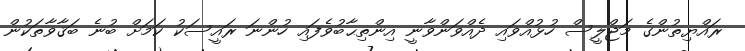
ރައްޔިތުންގެ މަޖްލީސް ހުޅުއްވައި ދެއްވަންވާނީ އިންތިޙާބުވެފައި ހުންނަ ރައީސަކު ކަމަށް ބުނެ ބަޤާވާތަކުން